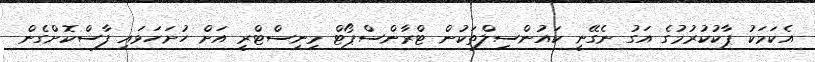
އެކަމަކު ޕާކުކުރުމުގެ އަގު ނެގޭނީ ކައުންސިލްތަކުން ޓްރާންސްޕޯޓް މިނިސްޓްރީ އަށް ހުށަހަޅައި ފާސްކޮށްގެން